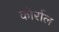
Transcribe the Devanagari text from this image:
कोर्राल